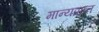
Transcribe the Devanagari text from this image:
मान्यप्राप्त